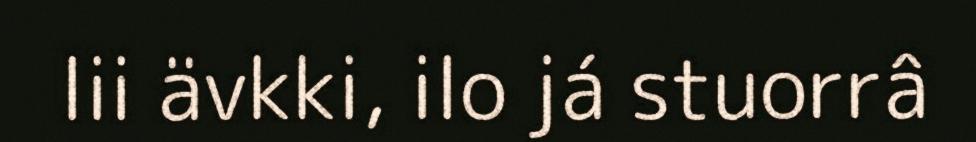
lii ävkki, ilo já stuorrâ